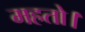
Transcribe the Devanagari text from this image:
महतो।